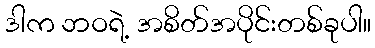
ဒါက ဘဝရဲ့ အစိတ်အပိုင်းတစ်ခုပါ။